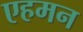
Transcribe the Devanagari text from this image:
एहमन